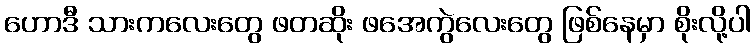
ဟောဒီ သားကလေးတွေ ဖတဆိုး ဖအေကွဲလေးတွေ ဖြစ်နေမှာ စိုးလို့ပါ